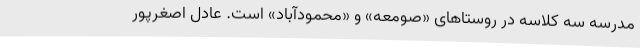
مدرسه سه کلاسه در روستاهای «صومعه» و «محمودآباد» است. عادل اصغرپور